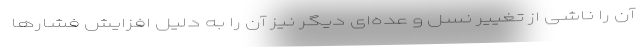
آن را ناشی از تغییر نسل و عده‌ای دیگر نیز آن را به دلیل افزایش فشارها